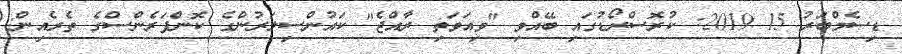
ޑިސެމްބަރު 15 2019: ކުރޮސްރޯޑުގައި ބޭއްވި "ވިއަވަތި ރާއްޖެ" ކައުންސިލަރުންގެ ކޮންފަރެންސްގެ ތެރެއިން: